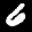
Label: 6